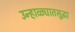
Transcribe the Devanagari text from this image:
उन्हाळ्यातसुद्धा